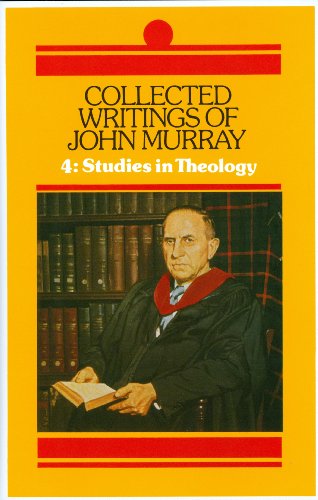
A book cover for Collected Writings of John Murray: Studies in Theology (Collected Writings of John Murray); John Murray; Christian Books & Bibles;